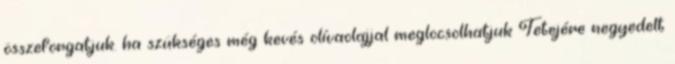
összeforgatjuk. ha szükséges még kevés olívaolajjal meglocsolhatjuk Tetejére negyedelt